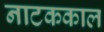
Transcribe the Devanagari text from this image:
नाटककाल